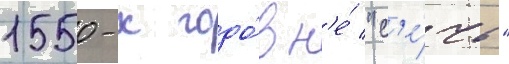
1550-х годо́в н'е́ "с'е́чь"